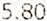
5.80